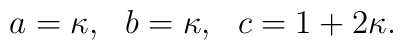
a = \kappa,~~ b = \kappa,~~ c = 1+ 2\kappa.